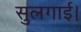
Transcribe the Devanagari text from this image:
सुलगाई।